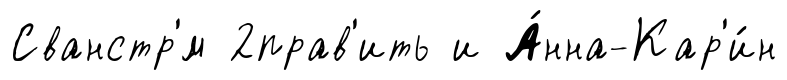
Сванстр'́м 2прав'ить и А́нна-Кар'и́н